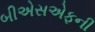
બીએસએફની